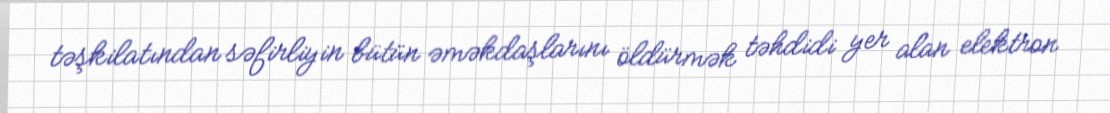
təşkilatından səfirliyin bütün əməkdaşlarını öldürmək təhdidi yer alan elektron